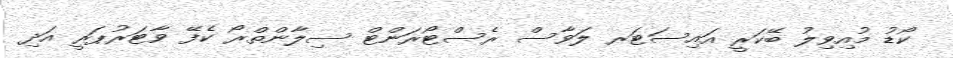
ކޯޑު މުއިވިލު ބޭކަރީ އައިސަޓަރ ލަވާސް ރެސްޓޯރަންޓް ސިލާންތްރޯ ކެފޭ ވާޓަރުޕަރީ އަދި